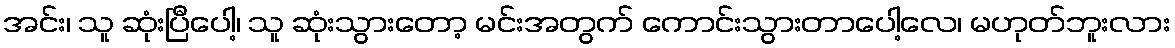
အင်း၊ သူ ဆုံးပြီပေါ့၊ သူ ဆုံးသွားတော့ မင်းအတွက် ကောင်းသွားတာပေါ့လေ၊ မဟုတ်ဘူးလား